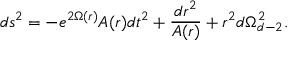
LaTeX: d s ^ { 2 } = - e ^ { 2 \Omega ( r ) } A ( r ) d t ^ { 2 } + \frac { d r ^ { 2 } } { A ( r ) } + r ^ { 2 } d \Omega _ { d - 2 } ^ { 2 } .